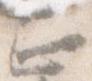
正